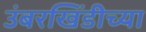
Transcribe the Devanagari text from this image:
उंबरखिंडीच्या